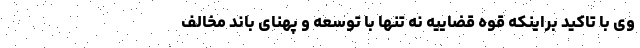
وی با تاکید براینکه قوه قضاییه نه تنها با توسعه و پهنای باند مخالف